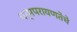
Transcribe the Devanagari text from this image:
धर्मपरायणतेचे